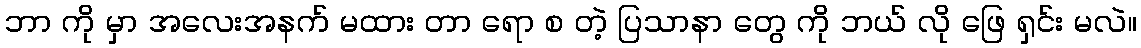
ဘာ ကို မှာ အလေးအနက် မထား တာ ရော စ တဲ့ ပြသာနာ တွေ ကို ဘယ် လို ဖြေ ရှင်း မလဲ။